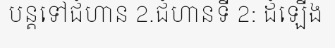
បន្តទៅជំហាន 2.ជំហានទី 2: ដំឡើង